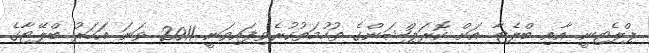
ޕްލެޓިނީ އާއި ބްލެޓާ އަށް ކޮރަޕްޝަންގެ ތުހުމަތުކުރެވިފައިވަނީ 2011 ވަނަ އަހަރު ބްލޭޓާގެ